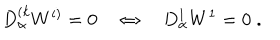
D _ { \alpha } ^ { ( k } W ^ { i ) } = 0 \quad \Leftrightarrow \quad D _ { \alpha } ^ { 1 } W ^ { 1 } = 0 \; .